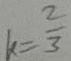
k = \frac { 2 } { 3 }